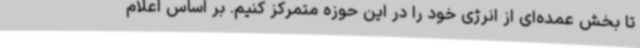
تا بخش عمده‌ای از انرژی خود را در این حوزه متمرکز کنیم. بر اساس اعلام